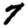
Digit: 7